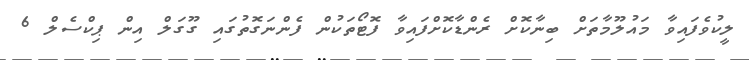
ލީކުވެފައިވާ މައުލޫމާތަށް ބިނާކޮށް ރެންޑާކޮށްފައިވާ ފޮޓޯތަކުން ފެންނަގޮތުގައި ގޫގަލް އިން ޕިކްސެލް 6